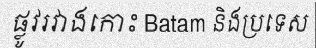
ផ្លូវរវាងកោះ Batam និងប្រទេស